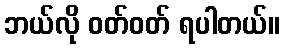
ဘယ်လို ဝတ်ဝတ် ရပါတယ်။